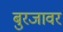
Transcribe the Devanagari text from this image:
बुरजावर